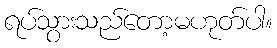
ရပ်သွားသည်တော့မဟုတ်ပါ။